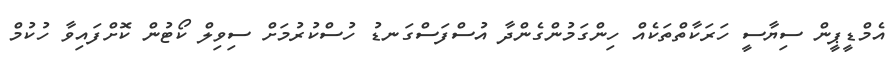
އެމްޑީޕީން ސިޔާސީ ހަރަކާތްތަކެއް ހިންގަމުންގެންދާ އުސްފަސްގަނޑު ހުސްކުރުމަށް ސިވިލް ކޯޓުން ކޮށްފައިވާ ހުކުމް